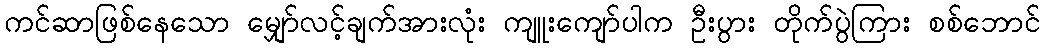
ကင်ဆာဖြစ်နေသော မျှော်လင့်ချက်အားလုံး ကျူးကျော်ပါက ဦးပွား တိုက်ပွဲကြား စစ်ဘောင်